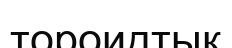
тороидтық